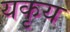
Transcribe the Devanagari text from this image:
यकृय